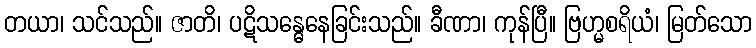
တယာ၊ သင်သည်။ ဇာတိ၊ ပဋိသန္ဓေနေခြင်းသည်။ ခီဏာ၊ ကုန်ပြီ။ ဗြဟ္မစရိယံ၊ မြတ်သော